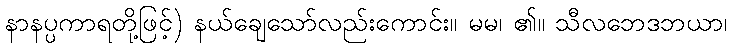
နာနပ္ပကာရတို့ဖြင့်) နယ်ချေသော်လည်းကောင်း။ မမ၊ ၏။ သီလဘေဒဘယာ၊